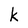
Character: k